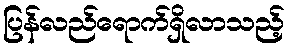
ပြန်လည်ရောက်ရှိလာသည့်